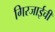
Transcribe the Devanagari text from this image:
गिरजाईची